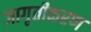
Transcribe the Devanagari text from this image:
जागृतीकरण